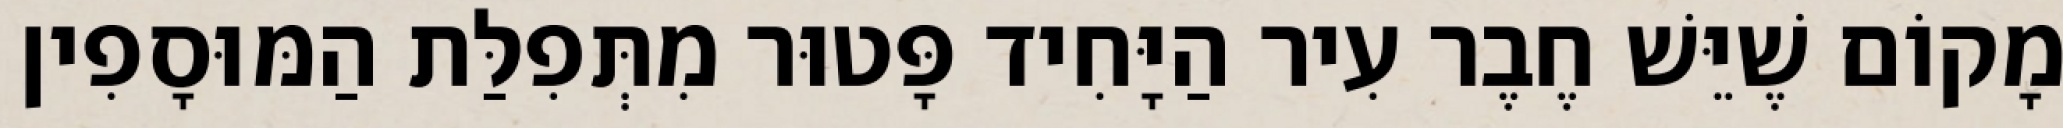
מָקוֹם שֶׁיֵּשׁ חֶבֶר עִיר הַיָּחִיד פָּטוּר מִתְּפִלַּת הַמּוּסָפִין